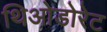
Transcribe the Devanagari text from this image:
थिओडोरेट